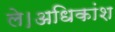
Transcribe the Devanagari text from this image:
ले।अधिकांश